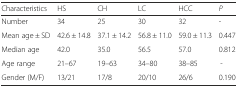
| Characteristics | HS | CH | LC | HCC | P |
 | --- | --- | --- | --- | --- | --- |
 | Number | 34 | 25 | 30 | 32 | - |
 | Mean age ± SD | 42.6 ± 14.8 | 37.1 ± 14.2 | 56.8 ± 11.0 | 59.0 ± 11.3 | 0.447 |
 | Median age | 42.0 | 35.0 | 56.5 | 57.0 | 0.812 |
 | Age range | 21–67 | 19–63 | 34–80 | 38–85 | - |
 | Gender (M/F) | 13/21 | 17/8 | 20/10 | 26/6 | 0.190 |